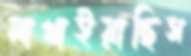
মাখাইয়াছিস